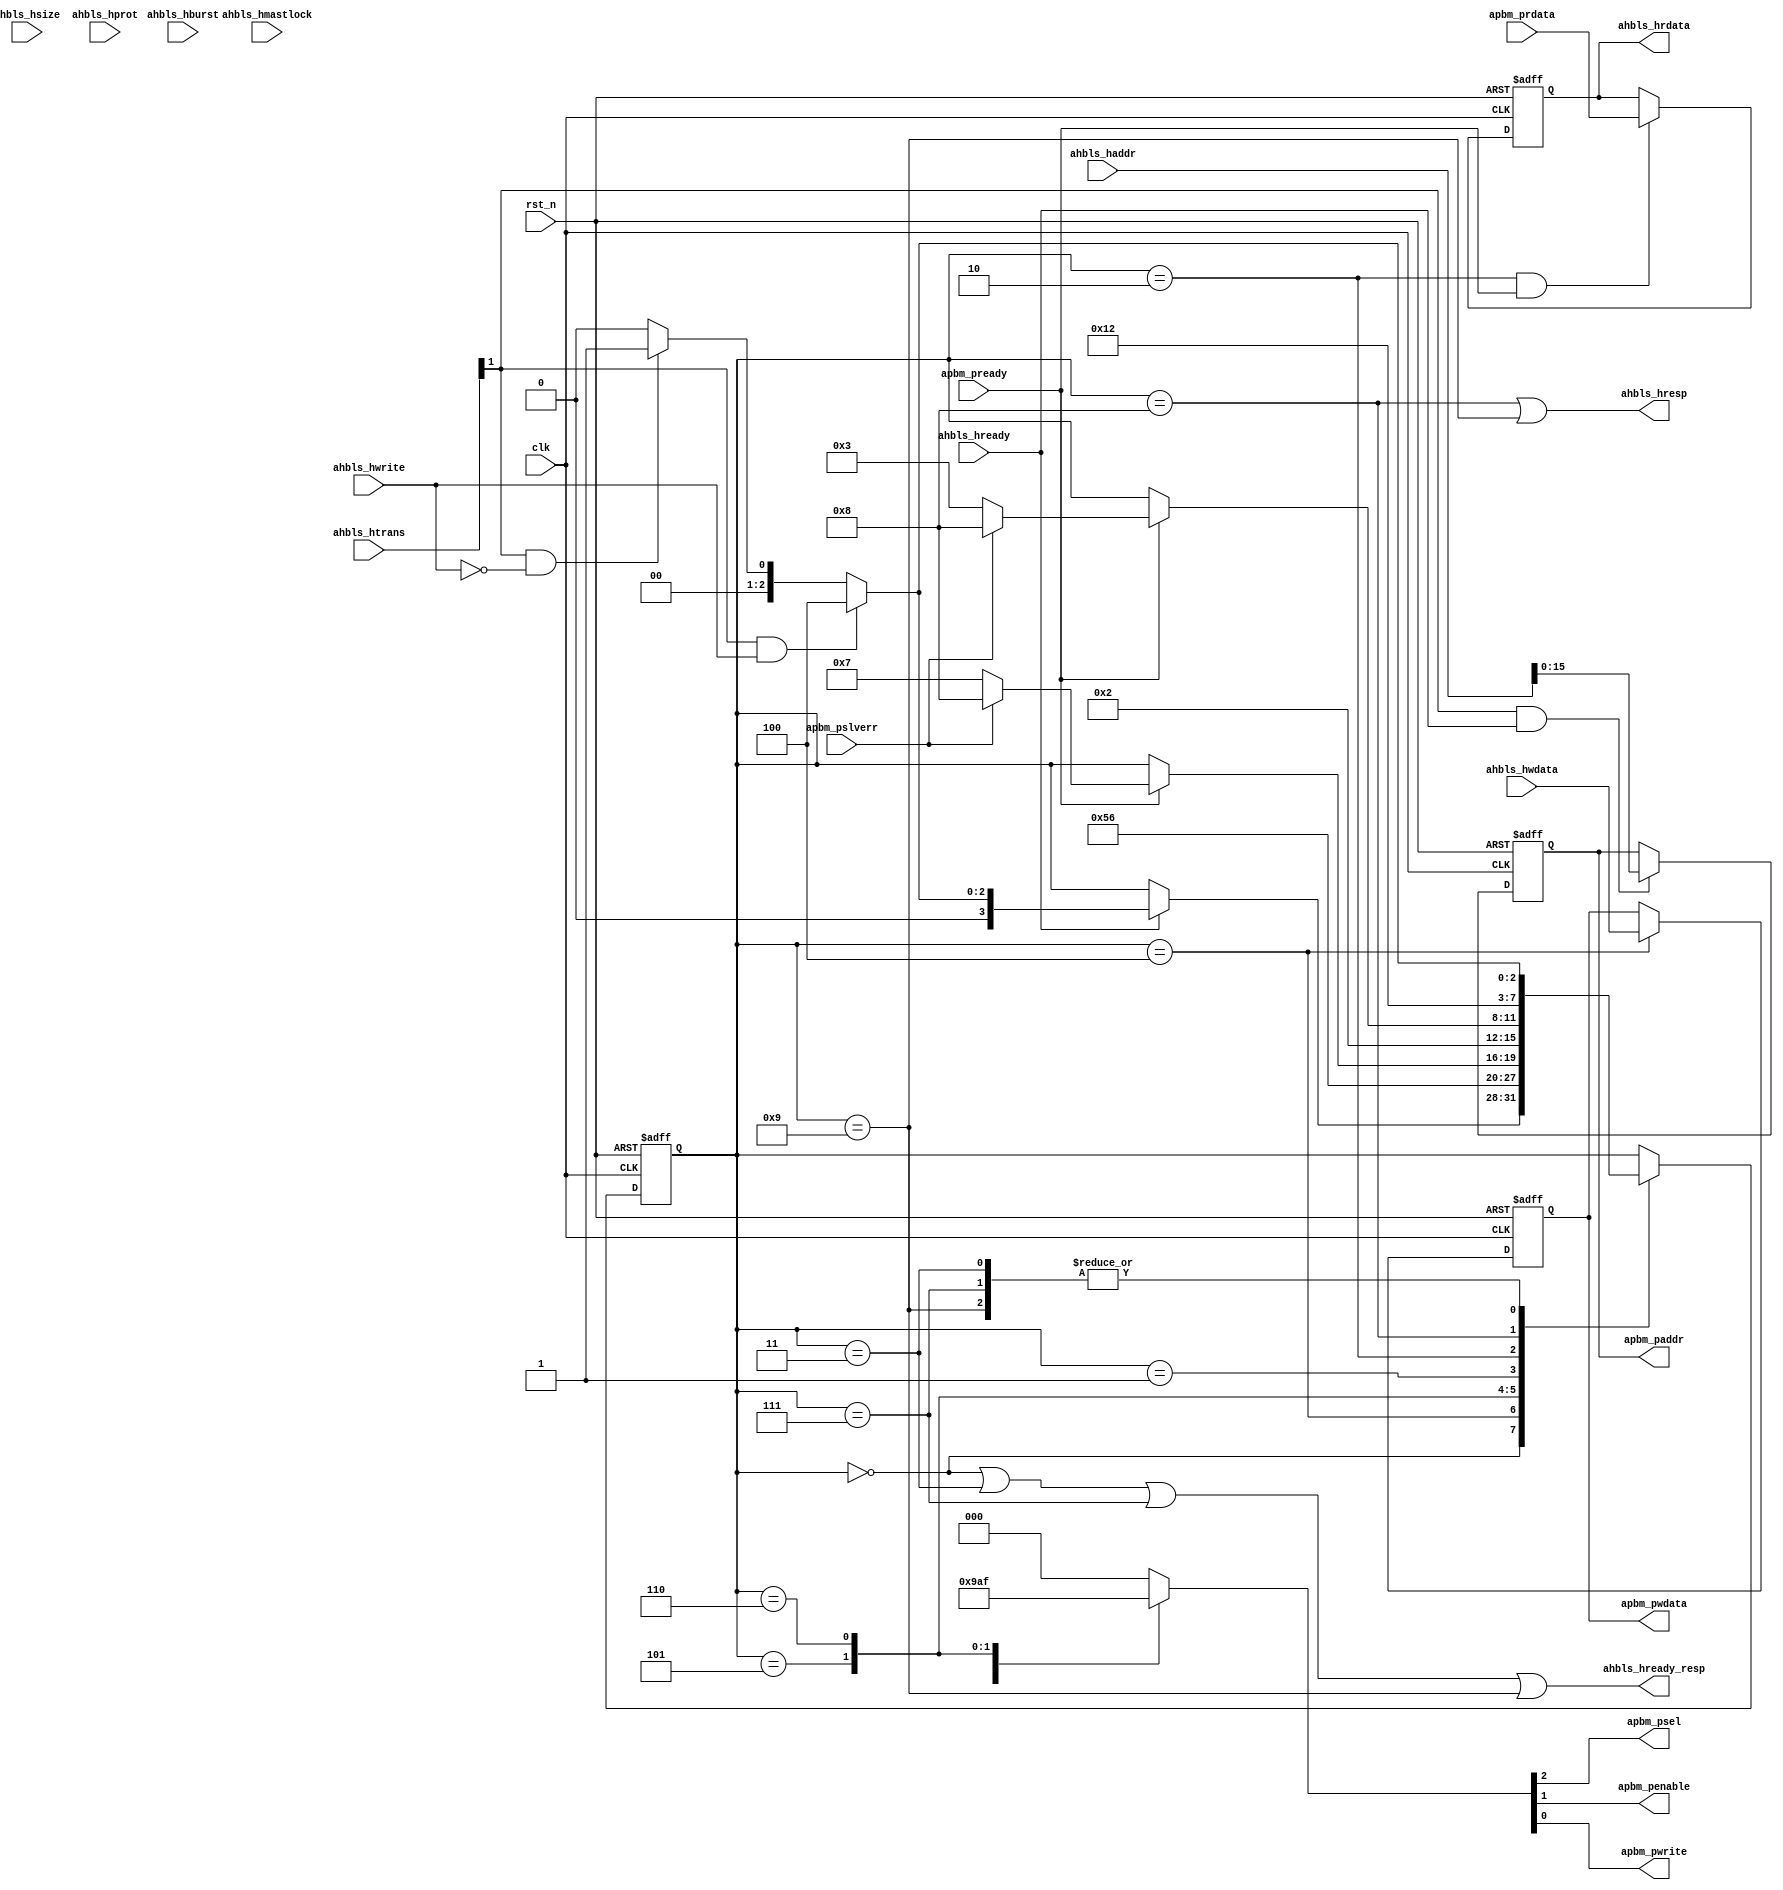
module ahbl_to_apb #(
	parameter W_HADDR = 32,
	parameter W_PADDR = 16,
	parameter W_DATA = 32
) (
	input wire clk,
	input wire rst_n,

	input  wire               ahbls_hready,
	output wire               ahbls_hready_resp,
	output wire               ahbls_hresp,
	input  wire [W_HADDR-1:0] ahbls_haddr,
	input  wire               ahbls_hwrite,
	input  wire [1:0]         ahbls_htrans,
	input  wire [2:0]         ahbls_hsize,
	input  wire [2:0]         ahbls_hburst,
	input  wire [3:0]         ahbls_hprot,
	input  wire               ahbls_hmastlock,
	input  wire [W_DATA-1:0]  ahbls_hwdata,
	output reg  [W_DATA-1:0]  ahbls_hrdata,

	output reg  [W_PADDR-1:0] apbm_paddr,
	output reg                apbm_psel,
	output reg                apbm_penable,
	output reg                apbm_pwrite,
	output reg  [W_DATA-1:0]  apbm_pwdata,
	input wire                apbm_pready,
	input wire  [W_DATA-1:0]  apbm_prdata,
	input wire                apbm_pslverr 
);

// Transfer state machine

localparam W_APB_STATE = 4;
localparam S_IDLE  = 4'd0; // Idle upstream dataphase
localparam S_RD0   = 4'd1; // Downstream setup phase (cannot stall)
localparam S_RD1   = 4'd2; // Downstream access phase (may stall or error)
localparam S_RD2   = 4'd3; // Return data, capture next address phase
localparam S_WR0   = 4'd4; // Sample hwdata
localparam S_WR1   = 4'd5; // Downstream setup phase (cannot stall)
localparam S_WR2   = 4'd6; // Downstream access phase (may stall or error)
localparam S_WR3   = 4'd7; // Report success, capture next address phase
localparam S_ERR0  = 4'd8; // AHBL error response, first cycle
localparam S_ERR1  = 4'd9; // AHBL error response, and accept new address phase if not deasserted.

reg [W_APB_STATE-1:0] apb_state;

wire [W_APB_STATE-1:0] aphase_to_dphase =
	ahbls_htrans[1] &&  ahbls_hwrite ? S_WR0 :
	ahbls_htrans[1] && !ahbls_hwrite ? S_RD0 : S_IDLE;

always @ (posedge clk or negedge rst_n) begin
	if (!rst_n) begin
		apb_state <= S_IDLE;
	end else case (apb_state)
		S_IDLE: if (ahbls_hready) apb_state <= aphase_to_dphase;
		S_WR0:                    apb_state <= S_WR1;
		S_WR1:                    apb_state <= S_WR2;
		S_WR2:  if (apbm_pready)  apb_state <= apbm_pslverr ? S_ERR0 : S_WR3;
		S_WR3:                    apb_state <= aphase_to_dphase;
		S_RD0:                    apb_state <= S_RD1;
		S_RD1:  if (apbm_pready)  apb_state <= apbm_pslverr ? S_ERR0 : S_RD2;
		S_RD2:                    apb_state <= aphase_to_dphase;
		S_ERR0:                   apb_state <= S_ERR1;
		S_ERR1:                   apb_state <= aphase_to_dphase;
	endcase
end

// Downstream request

always @ (*) begin
	case (apb_state)
		S_RD0:   {apbm_psel, apbm_penable, apbm_pwrite} = 3'b100;
		S_RD1:   {apbm_psel, apbm_penable, apbm_pwrite} = 3'b110;
		S_WR1:   {apbm_psel, apbm_penable, apbm_pwrite} = 3'b101;
		S_WR2:   {apbm_psel, apbm_penable, apbm_pwrite} = 3'b111;
		default: {apbm_psel, apbm_penable, apbm_pwrite} = 3'b000;
	endcase
end

always @ (posedge clk or negedge rst_n) begin
	if (!rst_n) begin
		apbm_paddr <= {W_PADDR{1'b0}};
		apbm_pwdata <= {W_DATA{1'b0}};
	end else begin
		if (ahbls_htrans[1] && ahbls_hready)
			apbm_paddr <= ahbls_haddr[W_PADDR-1:0];
		if (apb_state == S_WR0)
			apbm_pwdata <= ahbls_hwdata;
	end
end

// Upstream response

assign ahbls_hready_resp =
	apb_state == S_IDLE ||
	apb_state == S_RD2  ||
	apb_state == S_WR3  ||
	apb_state == S_ERR1;

assign ahbls_hresp =
	apb_state == S_ERR0 ||
	apb_state == S_ERR1;

always @ (posedge clk or negedge rst_n)
	if (!rst_n)
		ahbls_hrdata <= {W_DATA{1'b0}};
	else if (apb_state == S_RD1 && apbm_pready)
		ahbls_hrdata <= apbm_prdata;

endmodule